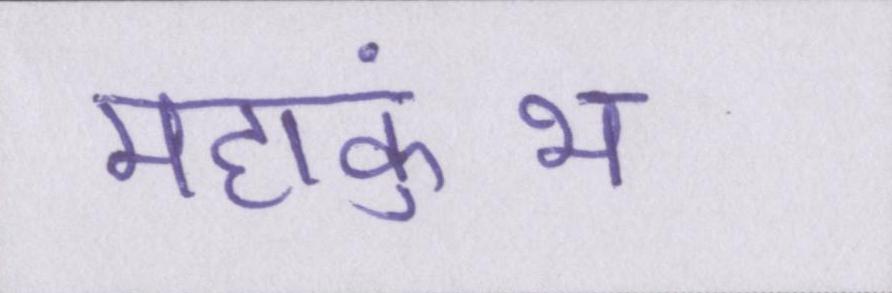
महाकुंभ